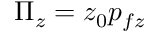
\Pi _ { z } = z _ { 0 } p _ { f z }